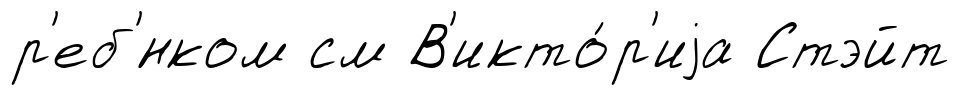
р'еб'́нком см В'икто́р'иjа Стэйт